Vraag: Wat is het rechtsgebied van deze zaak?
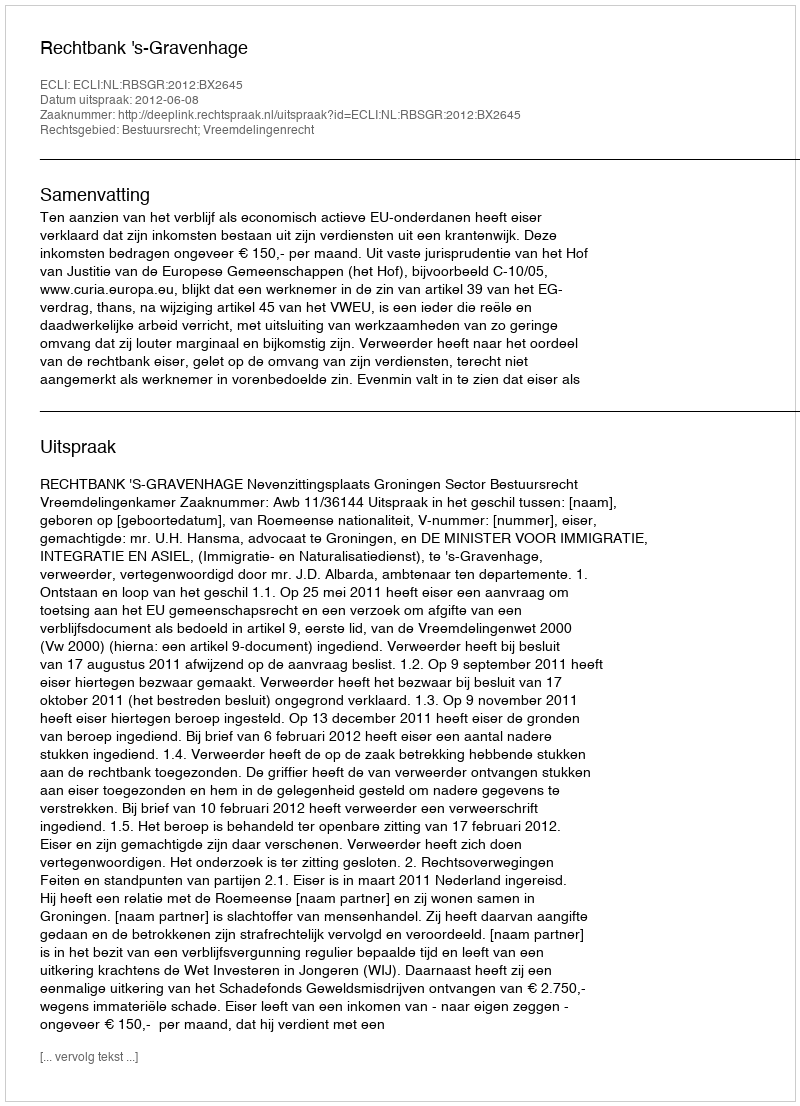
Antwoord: Bestuursrecht; Vreemdelingenrecht